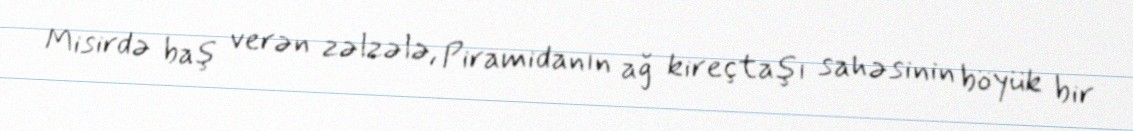
Misirdə baş verən zəlzələ, Piramidanın ağ kireçtaşı sahəsinin böyük bir